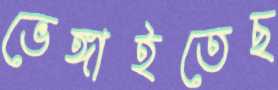
ভেঙ্গাইতেছ